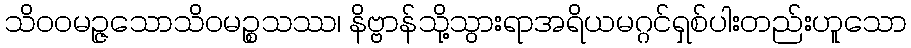
သိဝဝမဉ္ဇသောသိဝမဉ္စသဿ၊ နိဗ္ဗာန်သို့သွားရာအရိယမဂ္ဂင်ရှစ်ပါးတည်းဟူသော